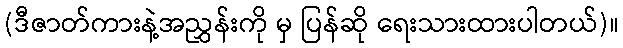
(ဒီဇာတ်ကားနဲ့အညွှန်းကို မှ ပြန်ဆို ရေးသားထားပါတယ်)။